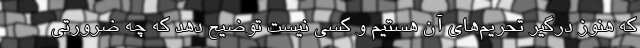
که هنوز درگیر تحریم‌های آن هستیم و کسی نیست توضیح دهد که چه ضرورتی